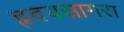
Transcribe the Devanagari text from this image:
हृदयसागरा